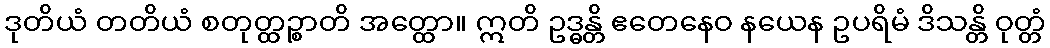
ဒုတိယံ တတိယံ စတုတ္ထဉ္စာတိ အတ္ထော။ ဣတိ ဥဒ္ဓန္တိ ဧတေနေဝ နယေန ဥပရိမံ ဒိသန္တိ ဝုတ္တံ